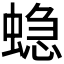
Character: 𮔤